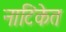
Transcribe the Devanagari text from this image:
नाटिकेत